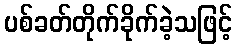
ပစ်ခတ်တိုက်ခိုက်ခဲ့သဖြင့်